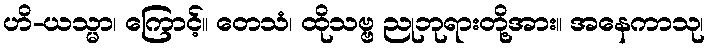
ဟိ-ယသ္မာ၊ ကြောင့်။ တေသံ၊ ထိုသဗ္ဗ ညုဘုရားတို့အား။ အနေကာသု၊